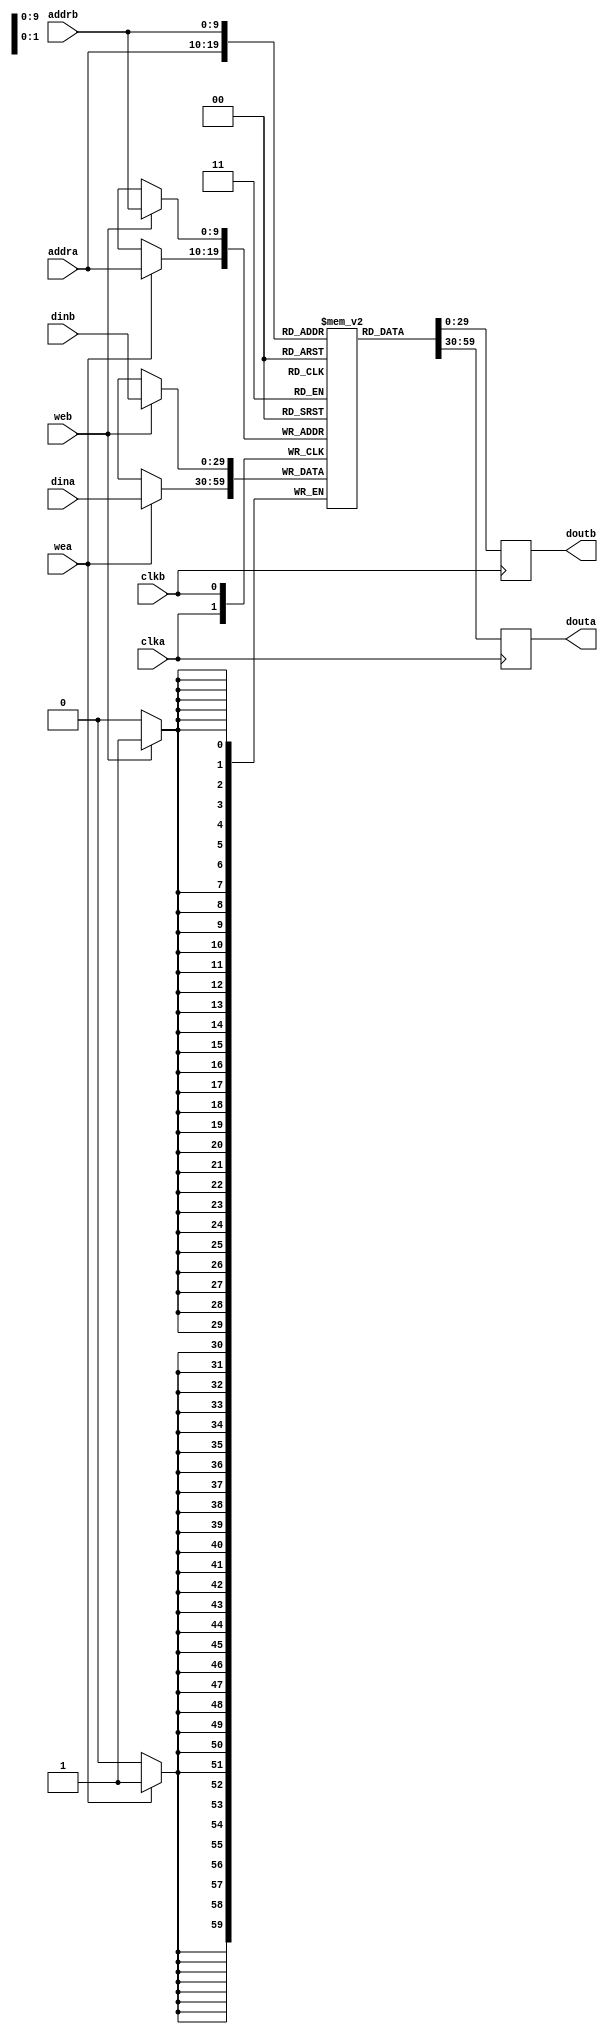
module bram_w30_d1024(
  clka,
  wea,
  addra,
  dina,
  douta,
  clkb,
  web,
  addrb,
  dinb,
  doutb
);

input clka;
input [0 : 0] wea;
input [9 : 0] addra;
input [29 : 0] dina;
output reg [29 : 0] douta;
input clkb;
input [0 : 0] web;
input [9 : 0] addrb;
input [29 : 0] dinb;
output reg [29 : 0] doutb;

reg [29:0] data[1024];

always @(posedge clka) begin
    douta <= data[addra];
end

always @(posedge clka) begin
    if(wea)
        data[addra] <= dina;
end

always @(posedge clkb) begin
    doutb <= data[addrb];
end

always @(posedge clkb) begin
    if(web)
        data[addrb] <= dinb;
end

endmodule